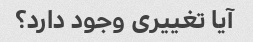
آیا تغییری وجود دارد؟